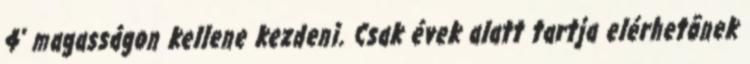
4’ magasságon kellene kezdeni. Csak évek alatt tartja elérhetõnek